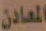
المعادن